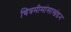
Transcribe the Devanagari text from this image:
चित्रमीमांसाखंडन